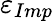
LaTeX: \varepsilon_{Imp}